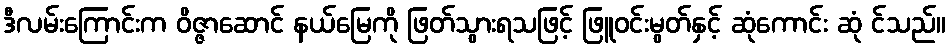
ဒီလမ်းကြောင်းက ဝိဇ္ဇာဆောင် နယ်မြေကို ဖြတ်သွားရသဖြင့် ဖြူဝင်းမွတ်နှင့် ဆုံကောင်း ဆုံ င်သည်။